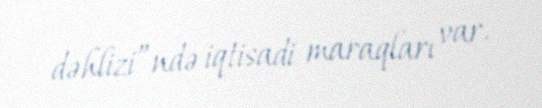
dəhlizi”ndə iqtisadi maraqları var.